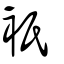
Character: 衹